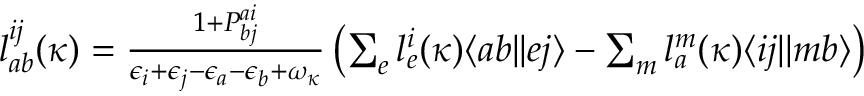
\begin{array} { r } { l _ { a b } ^ { i j } ( \kappa ) = \frac { 1 + P _ { b j } ^ { a i } } { \epsilon _ { i } + \epsilon _ { j } - \epsilon _ { a } - \epsilon _ { b } + \omega _ { \kappa } } \left( \sum _ { e } l _ { e } ^ { i } ( \kappa ) \langle a b | | e j \rangle - \sum _ { m } l _ { a } ^ { m } ( \kappa ) \langle i j | | m b \rangle \right) } \end{array}